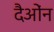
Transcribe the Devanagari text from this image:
दैओंन